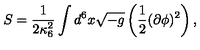
S = \frac { 1 } { 2 \kappa _ { 6 } ^ { 2 } } \int d ^ { 6 } x \sqrt { - g } \left( \frac { 1 } { 2 } ( \partial \phi ) ^ { 2 } \right) ,